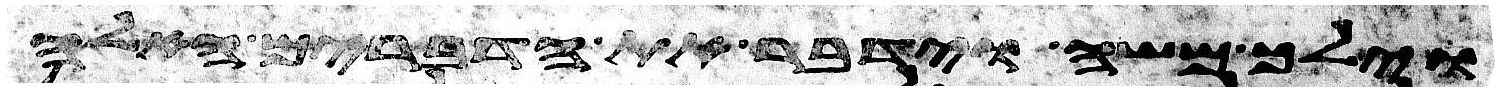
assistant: וילך משה וידבר את הדברים האלה